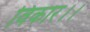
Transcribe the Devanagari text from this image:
विकार।।